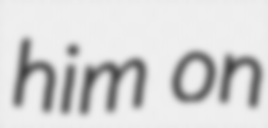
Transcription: him on